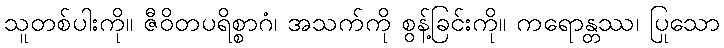
သူတစ်ပါးကို။ ဇီဝိတပရိစ္စာဂံ၊ အသက်ကို စွန့်ခြင်းကို။ ကရောန္တဿ၊ ပြုသော